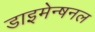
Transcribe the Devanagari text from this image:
डाइमेन्षनल